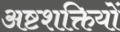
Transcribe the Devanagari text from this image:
अष्टशक्तियों